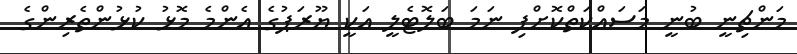
މަންޗިނީ ބުނީ މަސައްކަތްކޮށްފި ނަމަ ބަލޮޓެލީ އަކީ ޔޫރަޕުގެ އެންމެ މޮޅު ކުޅުންތެރިންގެ